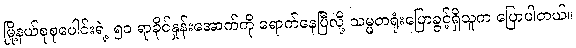
မြို့နယ်စုစုပေါင်းရဲ့ ၅၀ ရာခိုင်နှုန်းအောက်ကို ရောက်နေပြီလို့ သမ္မတရုံးပြောခွင့်ရှိသူက ပြောပါတယ်။